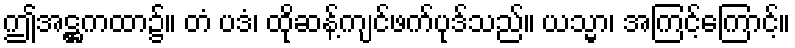
ဤအဋ္ဌကထာ၌။ တံ ပဒံ၊ ထိုဆန့်ကျင်ဖက်ပုဒ်သည်။ ယသ္မာ၊ အကြင့်ကြောင့်။